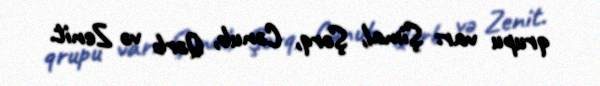
qrupu var: Şimal, Şərq, Cənub, Qərb və Zenit.